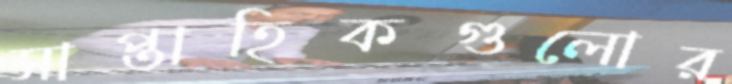
সাপ্তাহিকগুলোর